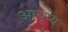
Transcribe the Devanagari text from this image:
आयूष्य